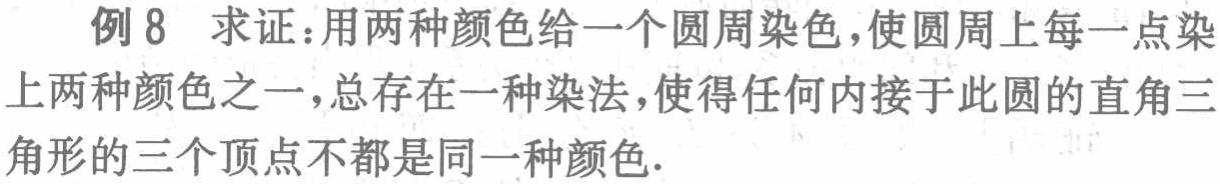
例8 求证：用两种颜色给一个圆周染色，使圆周上每一点染上两种颜色之一，总存在一种染法，使得任何内接于此圆的直角三角形的三个顶点不都是同一种颜色.